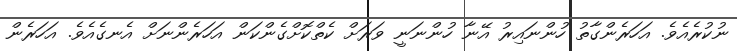
ނުކުރެއެވެ. އަހަރެންގާތު ހުންނައިރު އޭނާ ހުންނަނީ ވަރަށް ކެތްކޮށްގެންކަން އަހަރެންނަށް އެނގެއެވެ. އަހަރެން